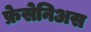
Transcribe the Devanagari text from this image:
फ्रेसेनिअस